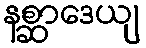
နစ္ဆာဒေယျ